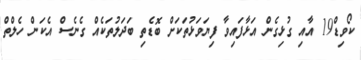
ކޯވިޑް19 އާއި ގުޅިގެން އަޅާފައިވާ ފިޔަވަޅުތަކަށް ބޮޑެތި ބަދަލުތަކެއް ގެނެސް އެކަން ހެލްތް